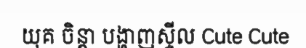
យុគ ចិន្តា បង្ហាញស្ទីល Cute Cute